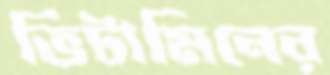
ভিটামিনের